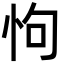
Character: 怐